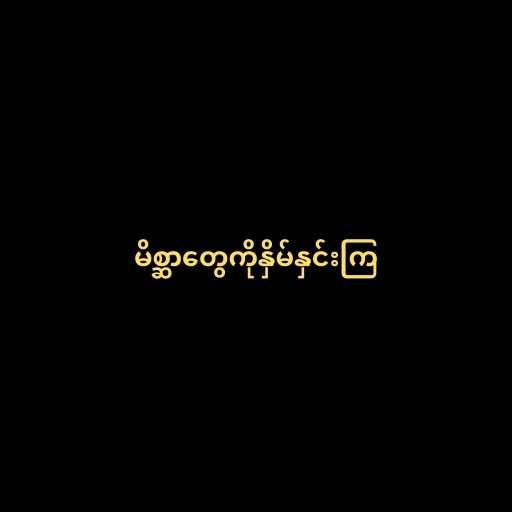
မိစ္ဆာတွေကိုနှိမ်နှင်းကြ